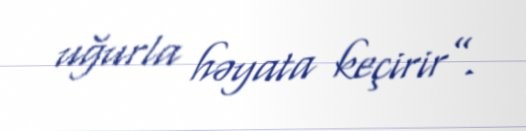
uğurla həyata keçirir”.